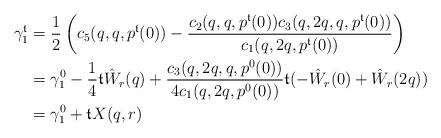
LaTeX: \begin{align*}\gamma_1^\mathfrak{t} &= \frac{1}{2} \left(c_5(q,q,p^\mathfrak{t}(0))-\frac{c_2(q,q,p^\mathfrak{t}(0))c_3(q,2q,q,p^\mathfrak{t}(0))}{c_1(q,2q,p^\mathfrak{t}(0))}\right)\\&=\gamma_1^0 - \frac{1}{4}\mathfrak{t} \hat W_r(q) + \frac{c_3(q,2q,q,p^0(0))}{4c_1(q,2q,p^0(0))}\mathfrak{t}(-\hat W_r(0)+\hat W_r(2q))\\&= \gamma_1^0 + \mathfrak{t} X(q,r)\end{align*}